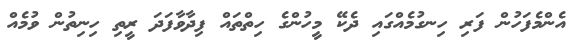
އެންމެފަހުން ފަރި ހިނގުމެއްގައި ދެކޭ މީހުންގެ ހިތްތައް ފިދާވާފަދަ ރީތި ހިނިތުން ވުމެއްް